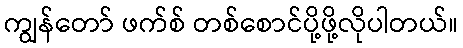
ကျွန်တော် ဖက်စ် တစ်စောင်ပို့ဖို့လိုပါတယ်။